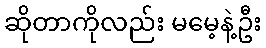
ဆိုတာကိုလည်း မမေ့နဲ့ဦး